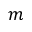
m